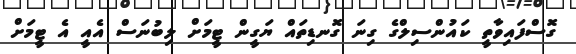
ގޮސްފައިވާތީ ކައުންސިލްގެ ގިނަ ގޮނޑިތައް ޔަގީން ޓީމަށް ލިބުނަސް އެއީ އެ ޓީމަށް